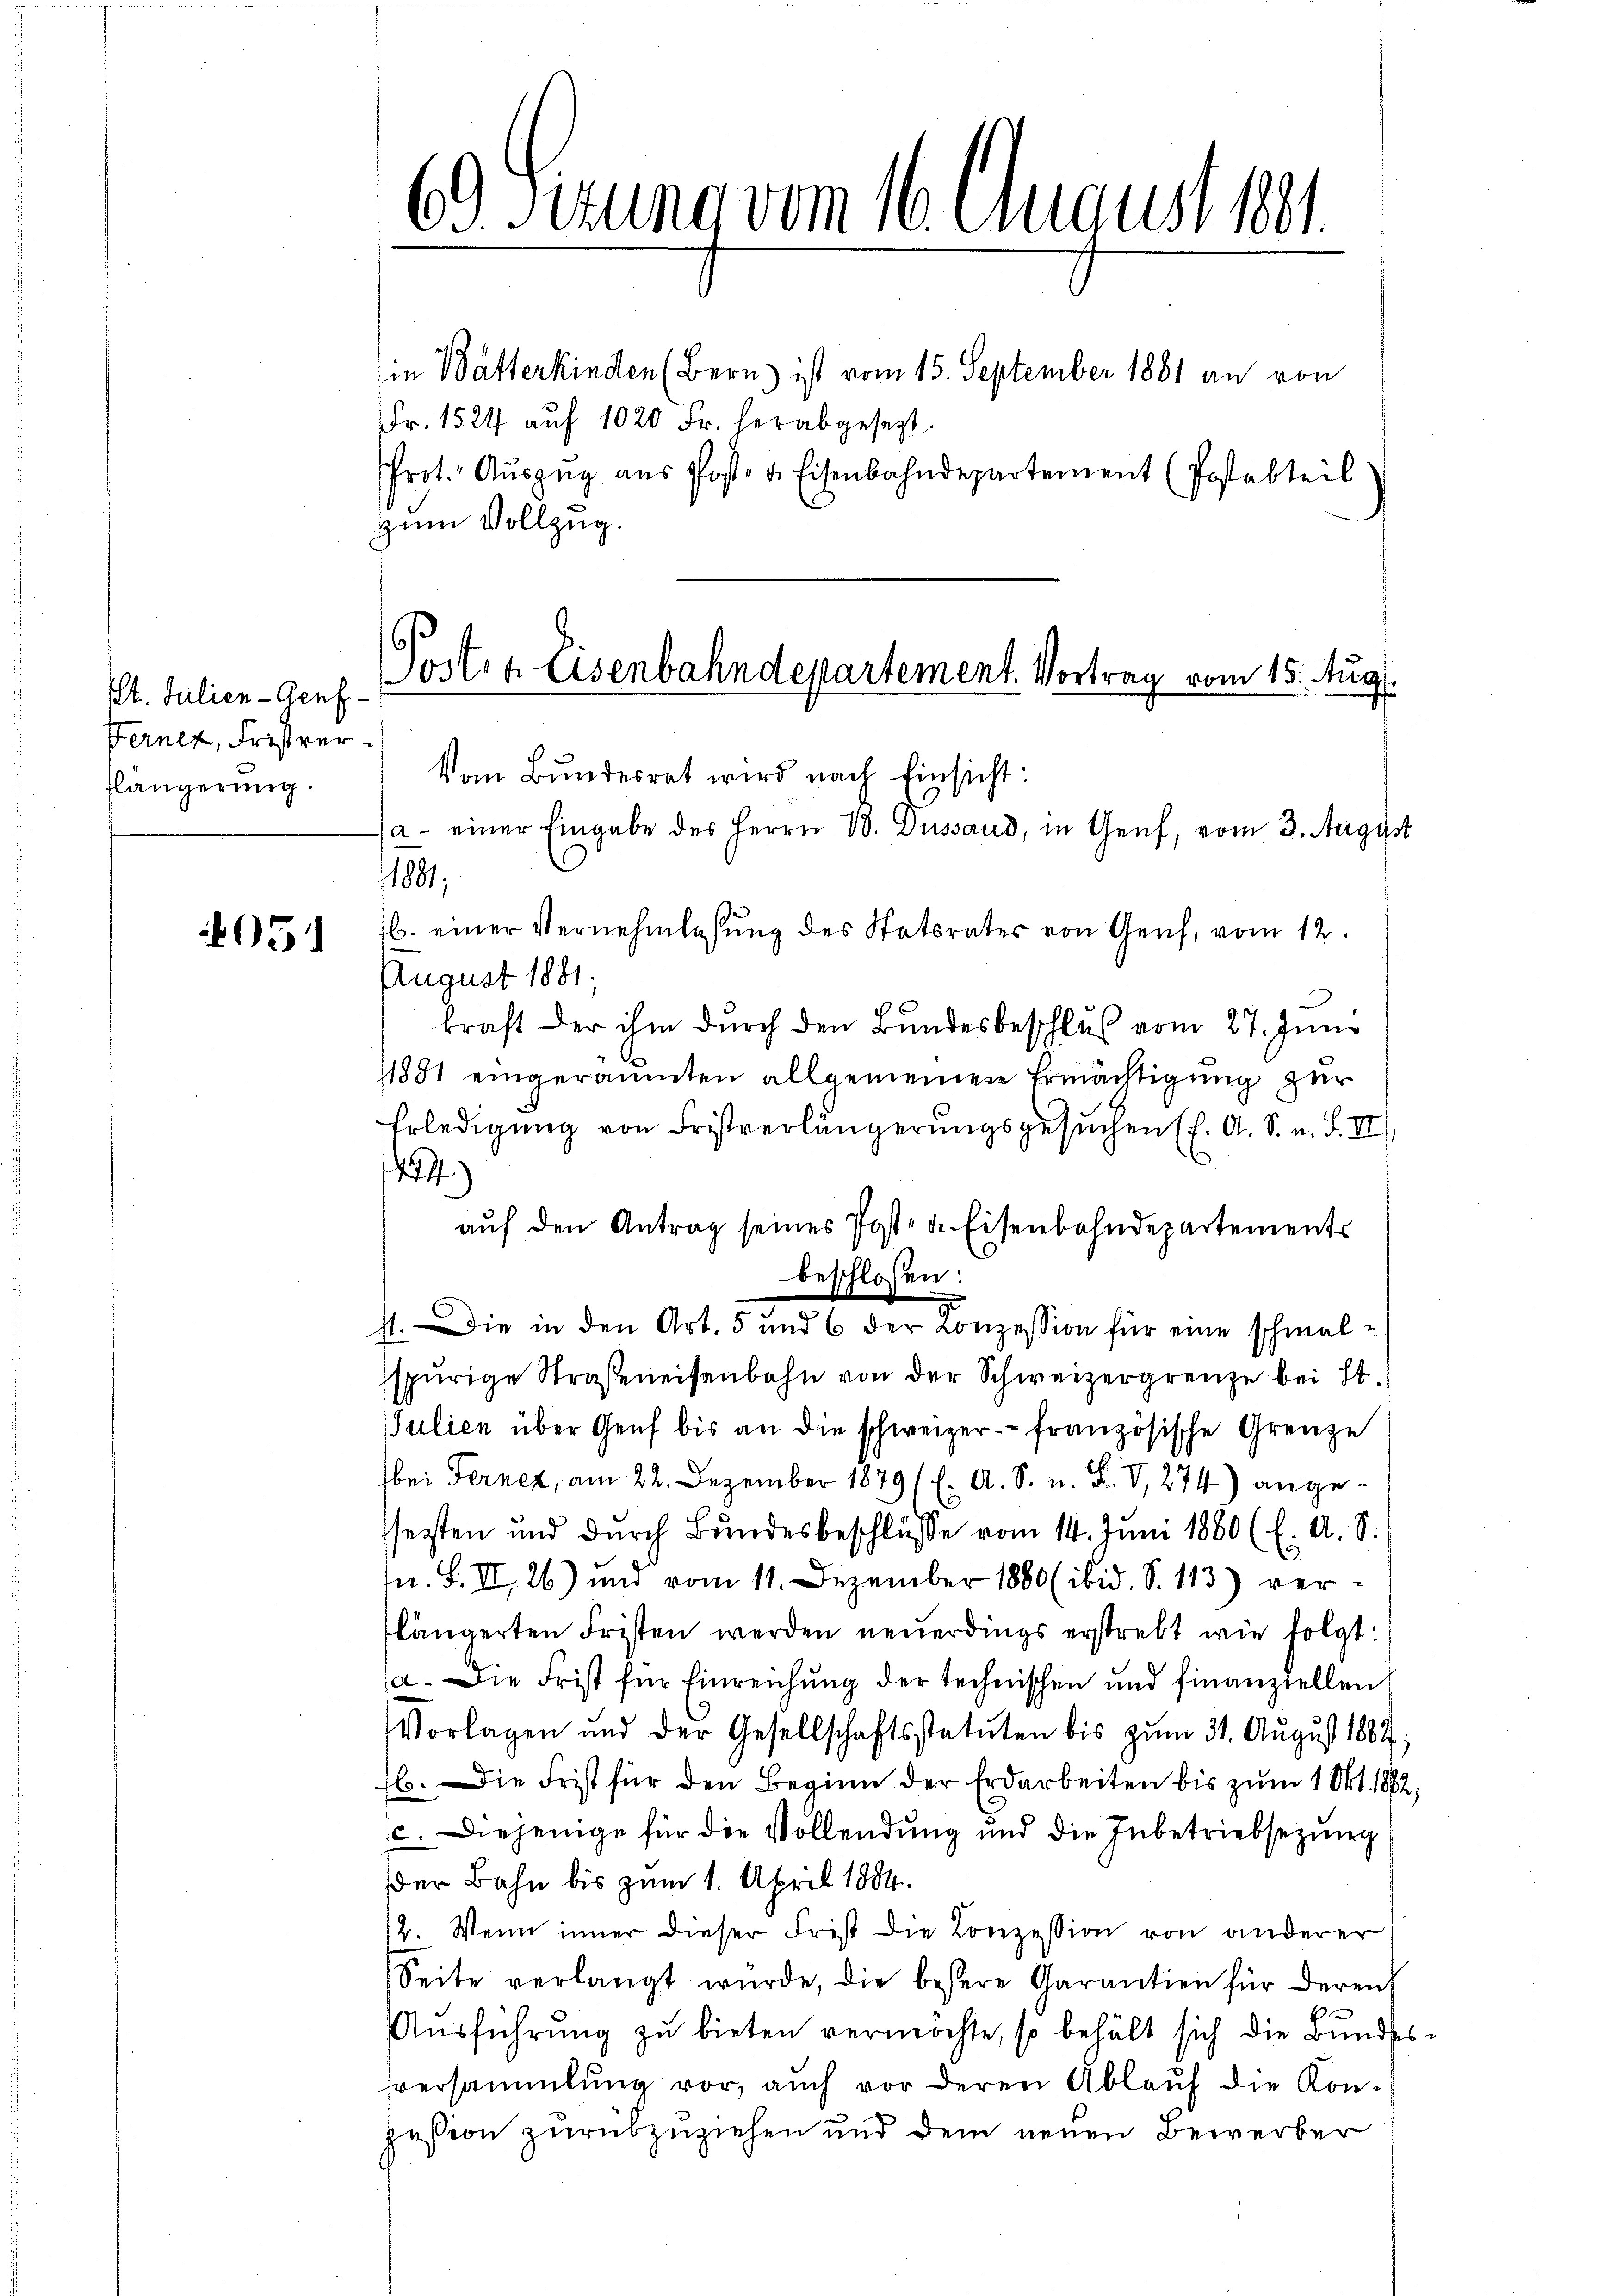
Pt. Julien-Genf
Fernez, Fristverflängerung.

051

69 Fezung vom 16. August 1881.
in Batterkinden (Bern ist vom 15. September 1881 an von
Fr. 1524 auf 1020 Fr. herabgesezt.
Prot. Auszug aus Post- u. Eisenbahndepartement (Postabteil
zum Vollzug.

Poster Eisenbahndepartement. Vortrag vom 15. Aug.
Vom Bundesrat wird nach Einsicht:
a- einer Eingabe des Herrn V. Dessaud, in Genf, vom 3. August

11801.
b. einer Vernehmlassung des Statorates von Gerich, vom 12.
August 1881.
kraft der ihm durch den Bundesbeschluß vom 27. Juni
11881 eingeräumten allgemeinen Ermächtigung zur
Erledigung von Fristverlängerungsgesuchen (s. A. S. u. S. II,
14)
aŭf den Antrag seines Post- u. Eisenbahndepartements
beschlossen:
st. Die in den Art. 5 und 6 der Conzession für eine schmalspurige Straßeneisenbahn von der Schweizergrenze bei St.
Julien über Genf bis an die schweizer- französische Grenze
bei Fernez, am 22. Dezember 1879 (E. A. S. n. F. V, 274) angesesten und durch Bundesbeschlüsse vom 14. Juni 1880 (E. A. S.
S. II, 26) und vom 11. Dezember 1880 (ibid. S. 113) ver-
längerten Fristen werden neuerdings erstrebt wie folgt:
a. Die Frist für Einreichung der technischen und finanziellen
Vorlagen und der Gesellschaftsstatuten bis zŭm 31. Aŭgŭst 1882;
b. Die Frist für den Beginn der Erdarbeiten bis zum 1 Okt. 1882,
c. Diejenige für die Vollendung und die Inbetriebsezung
der Bahn bis zum 1. April 1884.
12. Wenn inner dieser Frist die Conzession von anderer
Seite verlangt würde, die bessere Garantien für deren
Ausführung zu bieten vermöchte, so behält sich die Bundesversammlung vor, auch vor deren Ablaŭf die Kon-
zession zurükzuziehen und dem neuen Bewerber